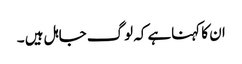
ان کا کہناہے کہ لوگ جاہل ہیں ۔